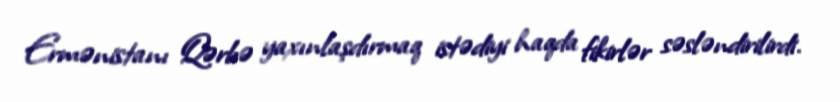
Ermənistanı Qərbə yaxınlaşdırmaq istədiyi haqda fikirlər səsləndirilirdi.